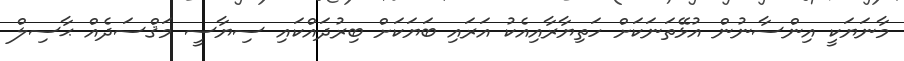
މާނަޔަކީ އިންސާނުން އުޅޭތަނަކަށް ހަތިޔާރާއިއެކު އަރައި ބަޔަކަށް ބިރުދައްކައި ސިޔާސީ މަޤްސަދެއް ޙާސިލް